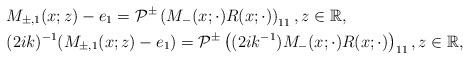
\begin{align*}&M_{\pm,1}(x;z)-e_1=\mathcal{P}^{\pm}\left(M_-(x ;\cdot) R(x;\cdot)\right)_{11} , z \in \mathbb{R},\\&(2ik)^{-1}(M_{\pm,1}(x;z)-e_1)=\mathcal{P}^{\pm}\left((2ik^{-1}) M_-(x ;\cdot) R(x;\cdot)\right)_{11} , z \in \mathbb{R},\end{align*}